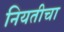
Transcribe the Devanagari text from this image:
नियतीचा